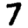
Digit: 7